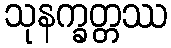
သုနက္ခတ္တဿ